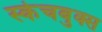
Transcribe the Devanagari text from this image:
स्केचबुक्स